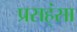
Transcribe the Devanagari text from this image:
प्रसह्ंसा